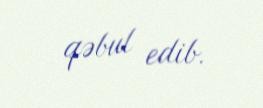
qəbul edib.